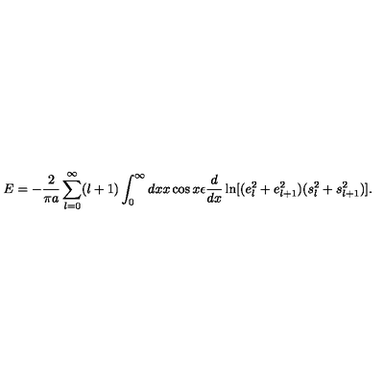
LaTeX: E = - { \frac { 2 } { \pi a } } \sum _ { l = 0 } ^ { \infty } ( l + 1 ) \int _ { 0 } ^ { \infty } d x x \cos x \epsilon { \frac { d } { d x } } \ln [ ( e _ { l } ^ { 2 } + e _ { l + 1 } ^ { 2 } ) ( s _ { l } ^ { 2 } + s _ { l + 1 } ^ { 2 } ) ] .